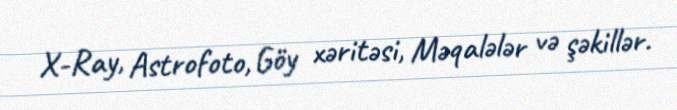
X-Ray, Astrofoto, Göy xəritəsi, Məqalələr və şəkillər.